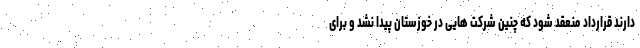
دارند قرارداد منعقد شود که چنین شرکت هایی در خوزستان پیدا نشد و برای